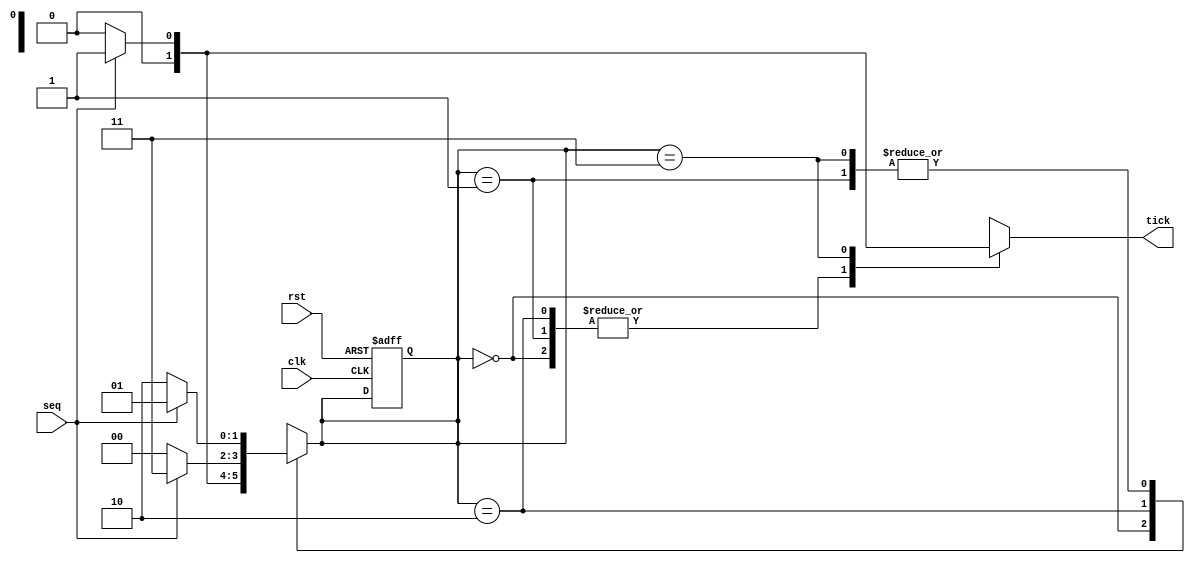
module Seq1101(
    input wire clk,rst,seq,
    output reg tick
    );
localparam a=2'b00;
localparam b=2'b01;
localparam c=2'b10;
localparam d=2'b11;
reg [1:0] p_s,n_s;
always @ (posedge clk,posedge rst)
begin
   if(rst) p_s=a;
else  p_s=n_s;
end
always @ *
   begin
     p_s=n_s;
     tick=1'b0;
     case(p_s)
       a:if(seq)  n_s=b;
         else n_s=a;
       b:if(seq)  n_s=b;
         else n_s=c;
       c:if(seq)  n_s=d;
         else n_s=a;
       d:if(seq) begin
      n_s=b;  tick=1'b1;
end
         else n_s=c;
       default:begin
         tick=1'b0;   n_s=a;
        end
     endcase
   end  

endmodule